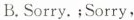
B.Sorry.;Sorry,